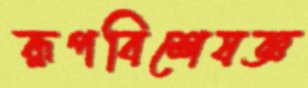
রূপবিশেষজ্ঞ